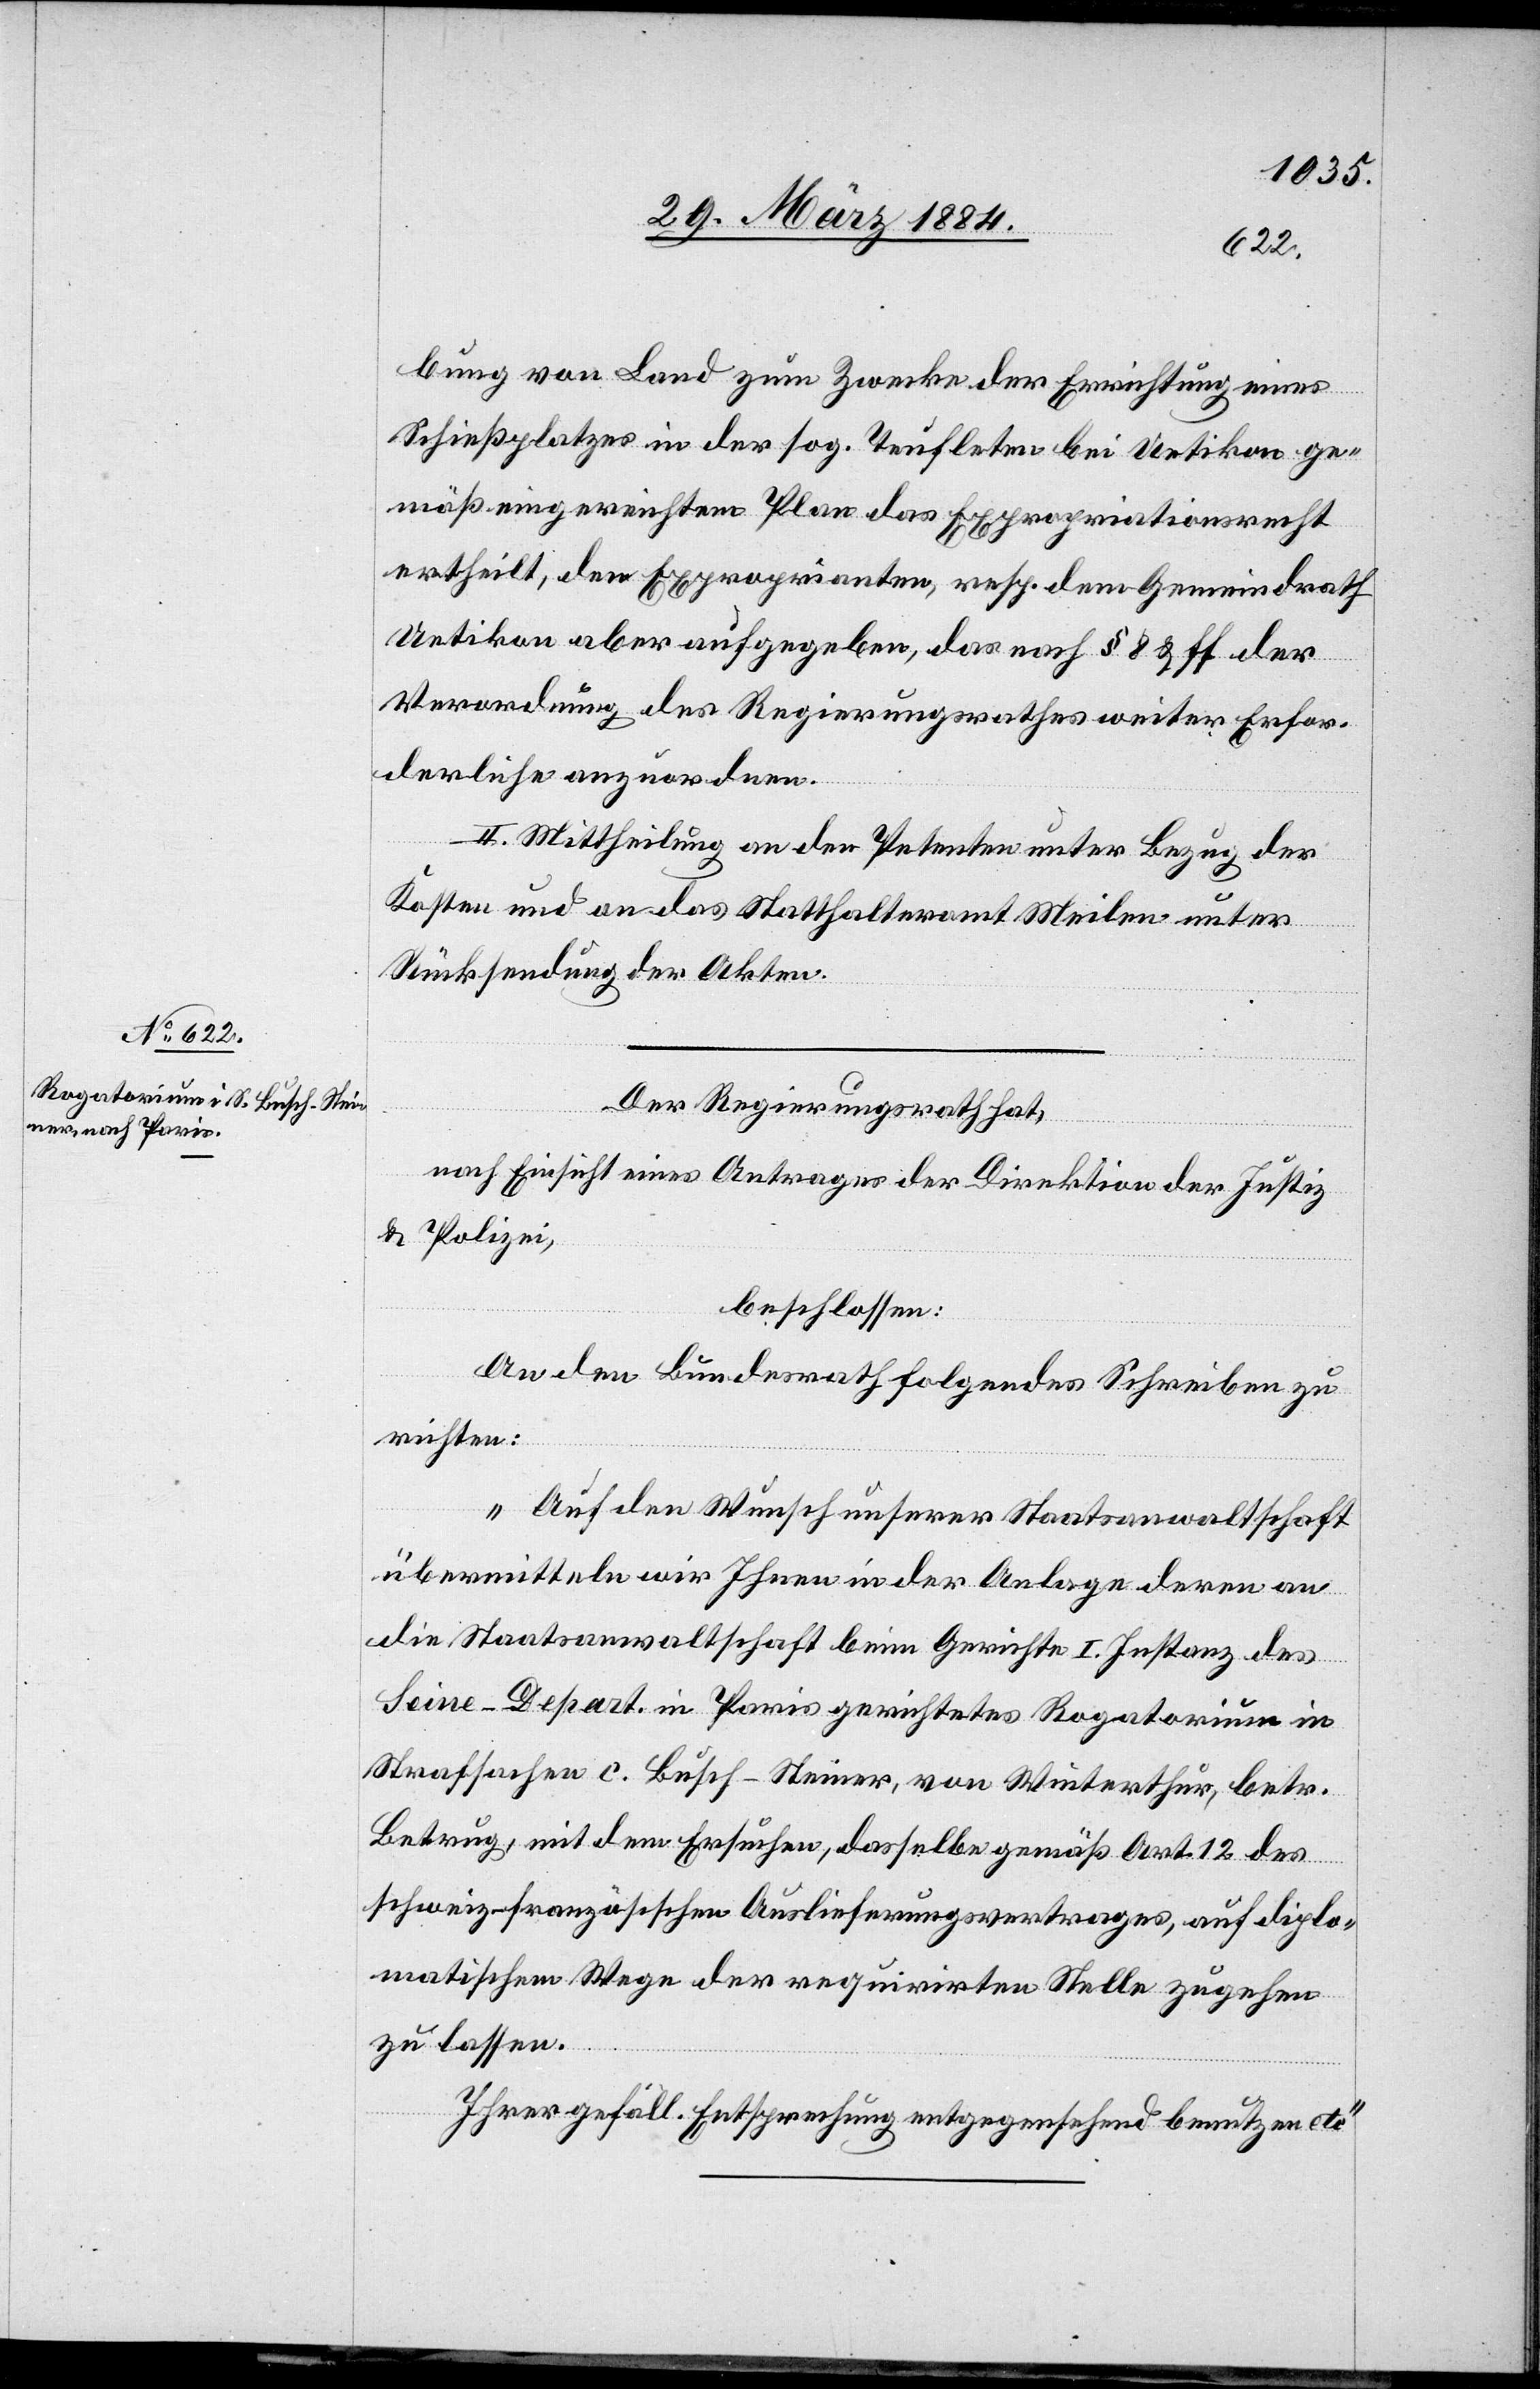
bung von Land zum Zwecke der Errichtung eines
Schießplatzes in der sog. Teufleten bei Uetikon ge¬
mäß eingereichtem Plan das Expropriationsrecht
ertheilt, den Exproprianten, resp. dem Gemeindrath
Uetikon aber aufgegeben, das nach § 8 & ff der
Verordnung des Regierungsrathes weiter Erfor¬
derliche anzuordnen.
II. Mittheilung an den Petenten unter Bezug der
Kosten und an das Statthalteramt Meilen unter
Rücksendung der Akten.
Der Regierungsrath hat,
nach Einsicht eines Antrages der Direktion der Justiz
& Polizei,
beschlossen:
An den Bundesrath folgendes Schreiben zu
richten:
„Auf den Wunsch unserer Staatsanwaltschaft
übermitteln wir Ihnen in der Anlage deren an
die Staatsanwaltschaft beim Gerichte I. Instanz des
Seine-Depart. in Paris gerichtetes Rogatorium in
Strafsachen c. Busch-Steiner, von Winterthur, betr.
Betrug, mit dem Ersuchen, dasselbe gemäß Art. 12 des
schweiz.-französischen Auslieferungsvertrages, auf diplo¬
matischem Wege der requirirten Stelle zugehen
zu lassen.
Ihrer gefäll. Entsprechung entgegensehend benutzen wir